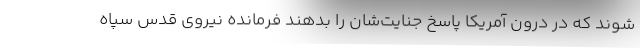
شوند که در درون آمریکا پاسخ جنایت‌شان را بدهند فرمانده نیروی قدس سپاه